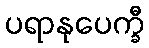
ပရာနုပေက္ခီ